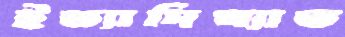
ইত্যাদিখ্যাত